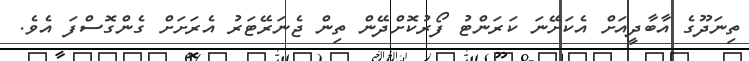
ތިނަދޫގެ އާބާދީއަށް އެކަށޭނަ ކަރަންޓު ފޯރުކޮށްދޭން ތިން ޖެނަރޭޓަރު އެރަށަށް ގެންގޮސްފަ އެވެ.